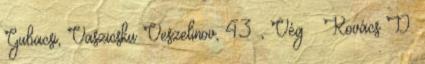
Gubacsi, Vaszicsku Veszelinov, 43. , Vég – Kovács D.